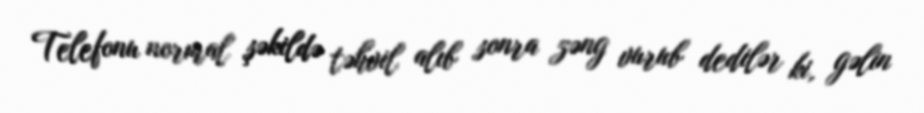
Telefonu normal şəkildə təhvil alıb sonra zəng vurub dedilər ki, gəlin